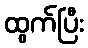
ထွက်ပြီး